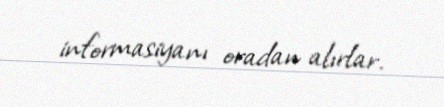
informasiyanı oradan alırlar.